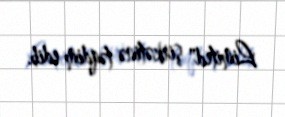
Limited" şirkətinə təqdim edib.